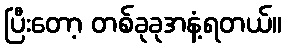
ပြီးတော့ တစ်ခုခုအနံ့ရတယ်။